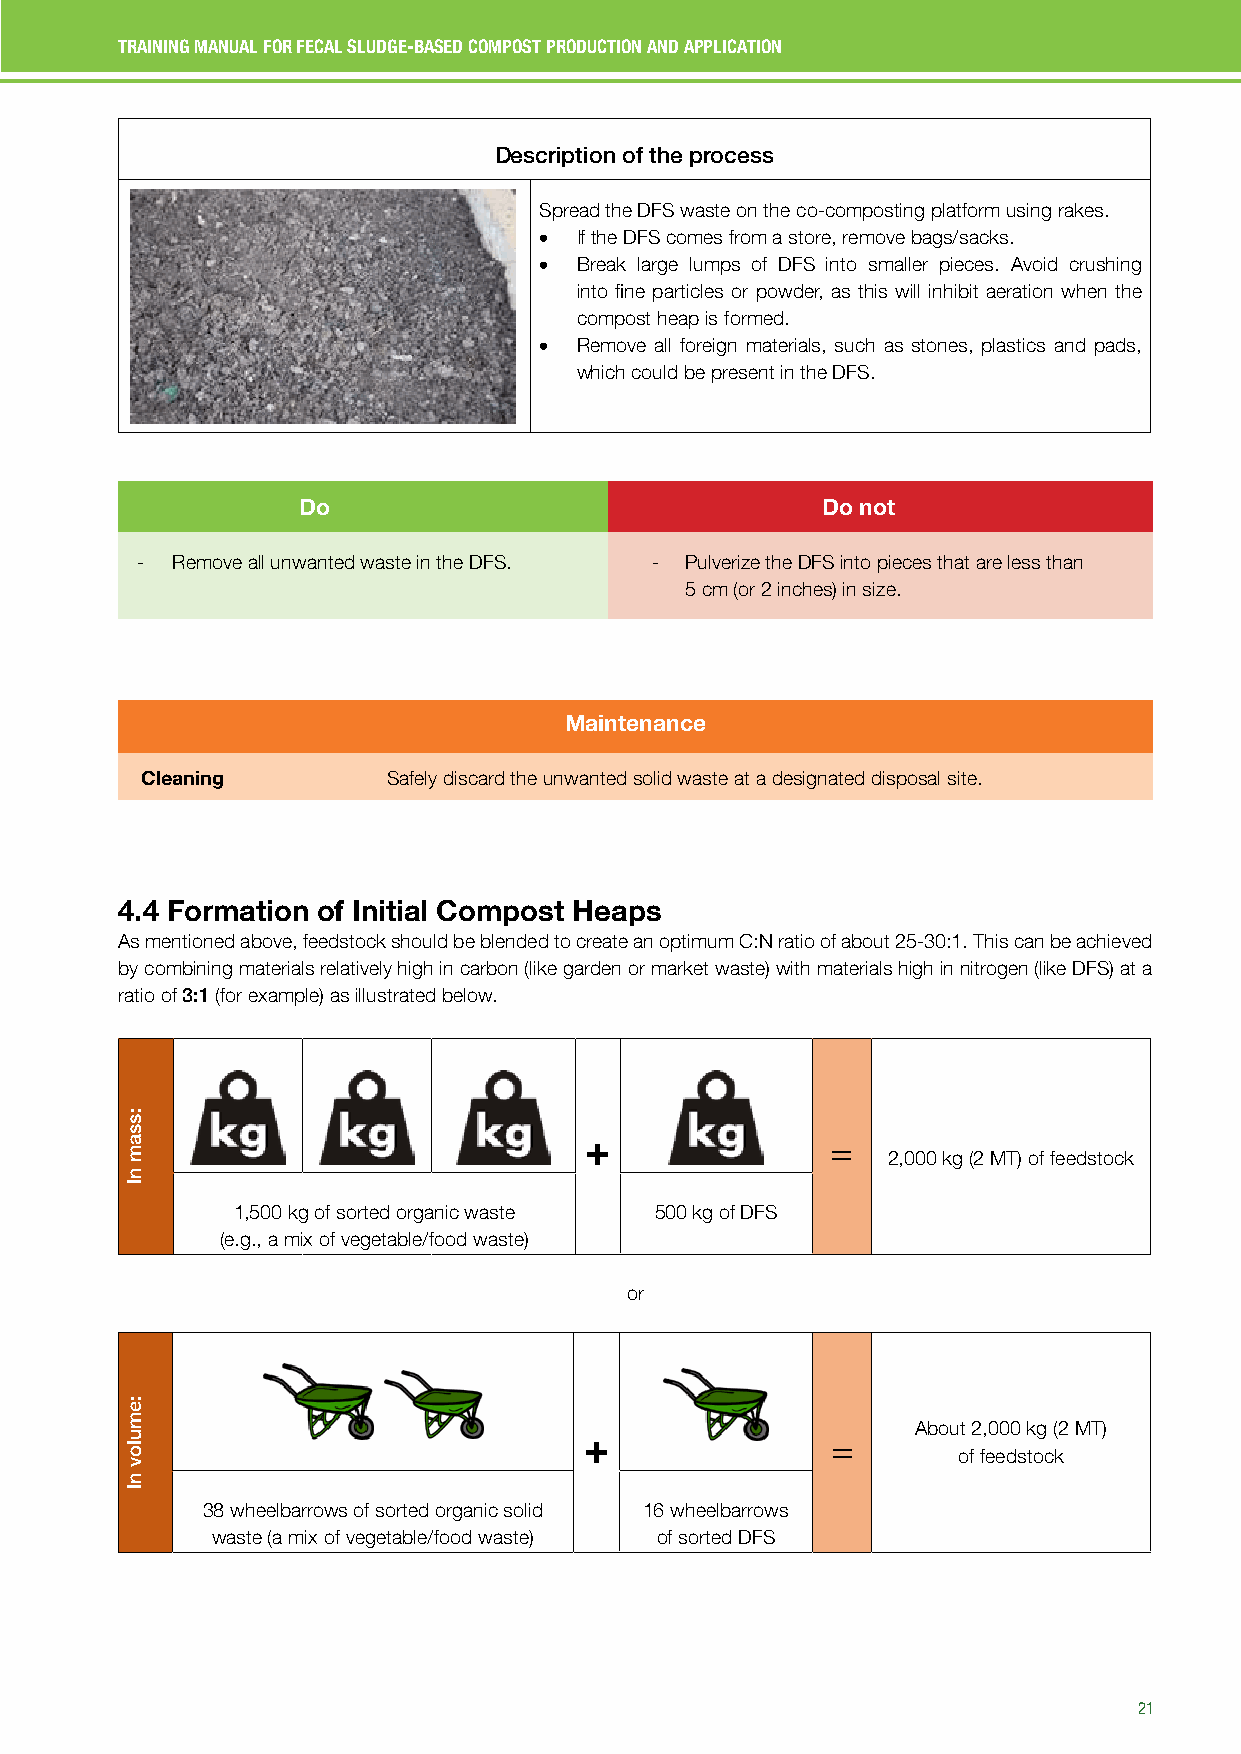
TRAINING MANUAL FOR FECAL SLUDGE-BASED COMPOST PRODUCTION AND APPLICATION
 Description of the process
 Spread the DFS waste on the co-composting platform using rakes.
 • If the DFS comes from a store, remove bags/sacks.
 • Break large lumps of DFS into smaller pieces. Avoid crushing
 into fine particles or powder, as this will inhibit aeration when the
 compost heap is formed.
 • Remove all foreign materials, such as stones, plastics and pads,
 which could be present in the DFS.
 Do                                Do not
 - Remove all unwanted waste in the DFS. - Pulverize the DFS into pieces that are less than
 5 cm (or 2 inches) in size.
 Maintenance
 Cleaning         Safely discard the unwanted solid waste at a designated disposal site.
 4.4 Formation of Initial Compost Heaps
 As mentioned above, feedstock should be blended to create an optimum C:N ratio of about 25-30:1. This can be achieved
 by combining materials relatively high in carbon (like garden or market waste) with materials high in nitrogen (like DFS) at a
 ratio of 3:1 (for example) as illustrated below.
 +               =
 2,000 kg (2 MT) of feedstock
 1,500 kg of sorted organic waste 500 kg of DFS
 (e.g., a mix of vegetable/food waste)
 or
 About 2,000 kg (2 MT)
 +               =
 of feedstock
 38 wheelbarrows of sorted organic solid 16 wheelbarrows
 waste (a mix of vegetable/food waste) of sorted DFS
 21
 :ssam
 nI
 :emulov
 nI